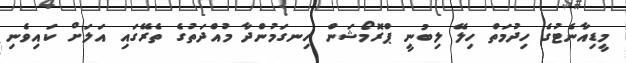
މީޑިއާނެޓުގެ ހިދުމަތް ހިލޭ ލިބުނީ ޕްރޮމޯޝަން ހިނގަމުންދާ މުއްދަތުގެ ތެރޭގައި އަލަށް ކައިވެނި